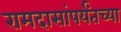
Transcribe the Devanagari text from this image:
रामदासांपर्यंतच्या